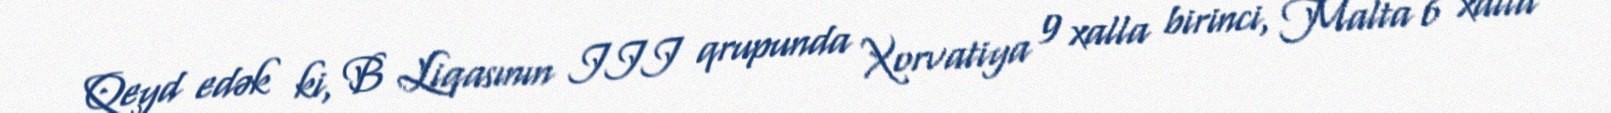
Qeyd edək ki, B Liqasının III qrupunda Xorvatiya 9 xalla birinci, Malta 6 xalla